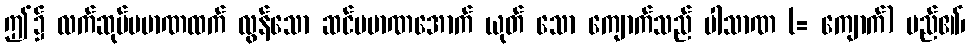
ဤ၌ လက်ဆုပ်ပမာဏထက် လွန်သော ဆင်ပမာဏအောက် ယုတ် သော ကျောက်သည် ပါသာဏ (= ကျောက်) မည်၏၊